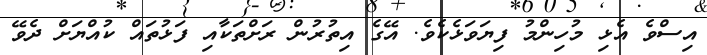
އިސްވެ އެޅި މުހިންމު ފިޔަވަޅެކެވެ. އޭގެ އިތުރުން ރަށްތަކާއި ފަޅުތައް ކުއްޔަށް ދެވޭ